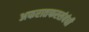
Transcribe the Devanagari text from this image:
अफरातफरसंबंधी